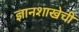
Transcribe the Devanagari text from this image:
ज्ञानशाखेची